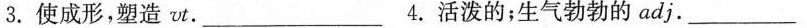
3.使成形，塑造vt.___4.活泼的；生气勃勃的adj.___